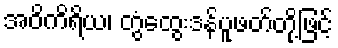
အဝိကိရိယ၊ တွံထွေးဒန်ပူဖတ်တို့ဖြင့်